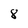
Character: 8